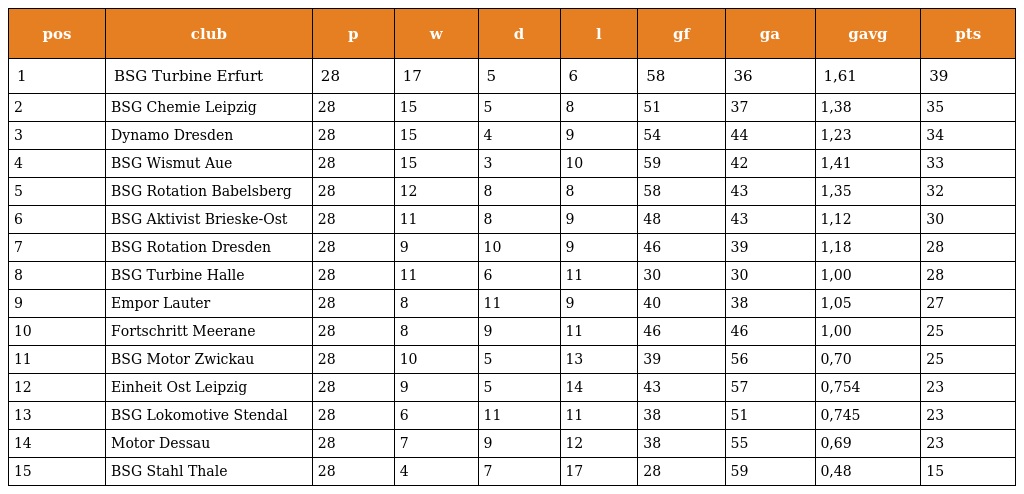
| pos | club | p | w | d | l | gf | ga | gavg | pts |
 | --- | --- | --- | --- | --- | --- | --- | --- | --- | --- |
 | 1 | BSG Turbine Erfurt | 28 | 17 | 5 | 6 | 58 | 36 | 1,61 | 39 |
 | 2 | BSG Chemie Leipzig | 28 | 15 | 5 | 8 | 51 | 37 | 1,38 | 35 |
 | 3 | Dynamo Dresden | 28 | 15 | 4 | 9 | 54 | 44 | 1,23 | 34 |
 | 4 | BSG Wismut Aue | 28 | 15 | 3 | 10 | 59 | 42 | 1,41 | 33 |
 | 5 | BSG Rotation Babelsberg | 28 | 12 | 8 | 8 | 58 | 43 | 1,35 | 32 |
 | 6 | BSG Aktivist Brieske-Ost | 28 | 11 | 8 | 9 | 48 | 43 | 1,12 | 30 |
 | 7 | BSG Rotation Dresden | 28 | 9 | 10 | 9 | 46 | 39 | 1,18 | 28 |
 | 8 | BSG Turbine Halle | 28 | 11 | 6 | 11 | 30 | 30 | 1,00 | 28 |
 | 9 | Empor Lauter | 28 | 8 | 11 | 9 | 40 | 38 | 1,05 | 27 |
 | 10 | Fortschritt Meerane | 28 | 8 | 9 | 11 | 46 | 46 | 1,00 | 25 |
 | 11 | BSG Motor Zwickau | 28 | 10 | 5 | 13 | 39 | 56 | 0,70 | 25 |
 | 12 | Einheit Ost Leipzig | 28 | 9 | 5 | 14 | 43 | 57 | 0,754 | 23 |
 | 13 | BSG Lokomotive Stendal | 28 | 6 | 11 | 11 | 38 | 51 | 0,745 | 23 |
 | 14 | Motor Dessau | 28 | 7 | 9 | 12 | 38 | 55 | 0,69 | 23 |
 | 15 | BSG Stahl Thale | 28 | 4 | 7 | 17 | 28 | 59 | 0,48 | 15 |